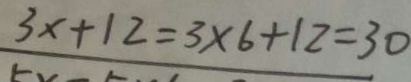
3 x + 1 2 = 3 \times 6 + 1 2 = 3 0